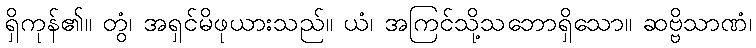
ရှိကုန်၏။ တွံ၊ အရှင်မိဖုယားသည်။ ယံ၊ အကြင်သို့သဘောရှိသော။ ဆဗ္ဗိသာဏံ၊